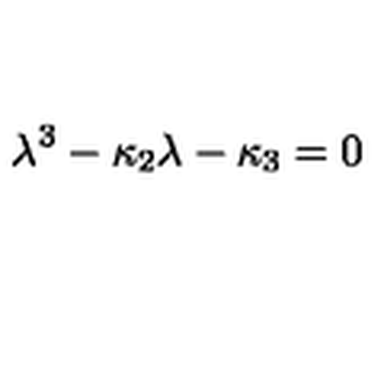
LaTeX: \lambda ^ { 3 } - \kappa _ { 2 } \lambda - \kappa _ { 3 } = 0